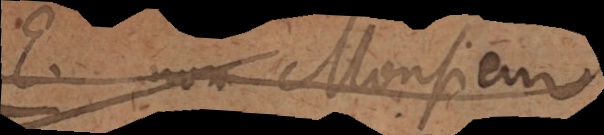
E. Non Monsieur